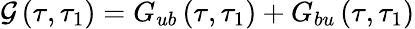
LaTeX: \mathcal{G}\left(\tau,\tau_{1}\right)=G_{ub}\left(\tau,\tau_{1}\right)+G_{bu}\left(\tau,\tau_{1}\right)